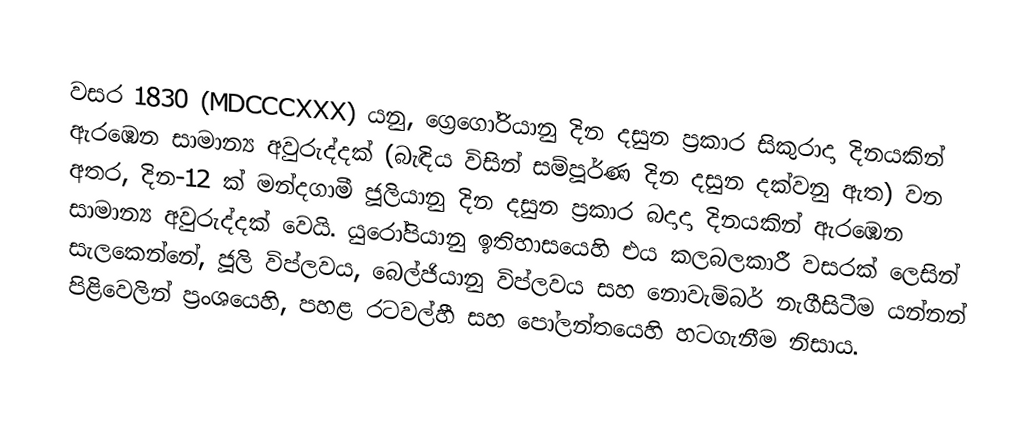

වසර 1830 (MDCCCXXX) යනු, ග්‍රෙගෝරියානු දින දසුන  ප්‍රකාර   සිකුරාදා දිනයකින් ඇරඹෙන සාමාන්‍ය අවුරුද්දක් (බැඳිය විසින් සම්පූර්ණ දින දසුන දක්වනු ඇත) වන අතර,   දින-12 ක් මන්දගාමී ජූලියානු දින දසුන ප්‍රකාර   බදාදා දිනයකින් ඇරඹෙන සාමාන්‍ය අවුරුද්දක් වෙයි. යුරෝපියානු ඉතිහාසයෙහි එය කලබලකාරී වසරක් ලෙසින් සැලකෙන්නේ,  ජූලි විප්ලවය, බෙල්ජියානු විප්ලවය සහ නොවැම්බර් නැගීසිටීම යන්නන් පිළිවෙලින් ප්‍රංශයෙහි, පහළ රටවල්හී සහ පෝලන්තයෙහි හටගැනීම නිසාය.